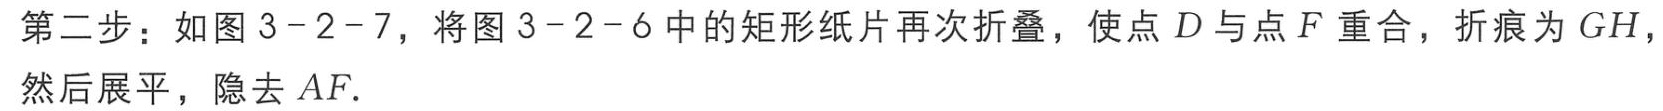
第二步：如图 3-2-7，将图 3-2-6 中的矩形纸片再次折叠，使点 \(D\) 与点 \(F\) 重合，折痕为 \(GH\)，然后展平，隐去 \(AF\).